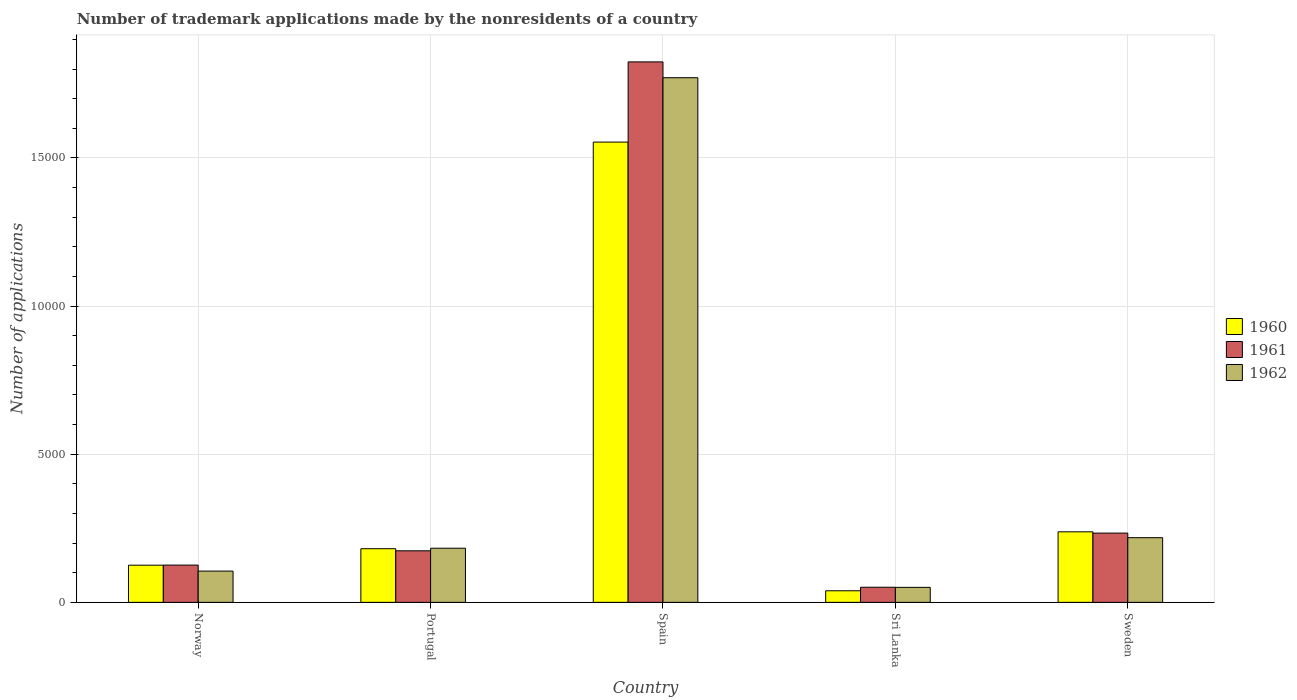
| Country | 1960 | 1961 | 1962 |
 | --- | --- | --- | --- |
 | Norway | 1.26e+03 | 1.26e+03 | 1.06e+03 |
 | Portugal | 1.81e+03 | 1.74e+03 | 1.83e+03 |
 | Spain | 1.55e+04 | 1.82e+04 | 1.77e+04 |
 | Sri Lanka | 391 | 510 | 506 |
 | Sweden | 2.38e+03 | 2.34e+03 | 2.18e+03 |